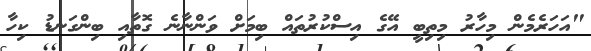
"އަހަރެމެން މިހާރު މިތިބީ އޭގެ އިސްކުރުތައް ބިމަށް ވަންނާނެ ގޮތާއި ބިންގަނޑު ކިހާ